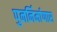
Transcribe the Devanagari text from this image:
पुनर्निर्माणास